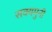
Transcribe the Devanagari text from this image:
सक्यमुनी